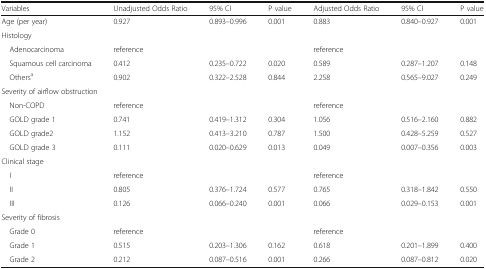
<table><thead><tr><td><b>Variables</b></td><td><b>Unadjusted Odds Ratio</b></td><td><b>95% CI</b></td><td><b>P value</b></td><td><b>Adjusted Odds Ratio</b></td><td><b>95% CI</b></td><td><b>P value</b></td></tr></thead><tbody><tr><td>Age (per year)</td><td>0.927</td><td>0.893–0.996</td><td>0.001</td><td>0.883</td><td>0.840–0.927</td><td>0.001</td></tr><tr><td colspan="7">Histology</td></tr><tr><td> Adenocarcinoma</td><td>reference</td><td></td><td></td><td>reference</td><td></td><td></td></tr><tr><td> Squamous cell carcinoma</td><td>0.412</td><td>0.235–0.722</td><td>0.020</td><td>0.589</td><td>0.287–1.207</td><td>0.148</td></tr><tr><td> Others<sup>a</sup></td><td>0.902</td><td>0.322–2.528</td><td>0.844</td><td>2.258</td><td>0.565–9.027</td><td>0.249</td></tr><tr><td colspan="7">Severity of airflow obstruction</td></tr><tr><td> Non-COPD</td><td>reference</td><td></td><td></td><td>reference</td><td></td><td></td></tr><tr><td> GOLD grade 1</td><td>0.741</td><td>0.419–1.312</td><td>0.304</td><td>1.056</td><td>0.516–2.160</td><td>0.882</td></tr><tr><td> GOLD grade2</td><td>1.152</td><td>0.413–3.210</td><td>0.787</td><td>1.500</td><td>0.428–5.259</td><td>0.527</td></tr><tr><td> GOLD grade 3</td><td>0.111</td><td>0.020–0.629</td><td>0.013</td><td>0.049</td><td>0.007–0.356</td><td>0.003</td></tr><tr><td colspan="7">Clinical stage</td></tr><tr><td> I</td><td>reference</td><td></td><td></td><td>reference</td><td></td><td></td></tr><tr><td> II</td><td>0.805</td><td>0.376–1.724</td><td>0.577</td><td>0.765</td><td>0.318–1.842</td><td>0.550</td></tr><tr><td> III</td><td>0.126</td><td>0.066–0.240</td><td>0.001</td><td>0.066</td><td>0.029–0.153</td><td>0.001</td></tr><tr><td colspan="7">Severity of fibrosis</td></tr><tr><td> Grade 0</td><td>reference</td><td></td><td></td><td>reference</td><td></td><td></td></tr><tr><td> Grade 1</td><td>0.515</td><td>0.203–1.306</td><td>0.162</td><td>0.618</td><td>0.201–1.899</td><td>0.400</td></tr><tr><td> Grade 2</td><td>0.212</td><td>0.087–0.516</td><td>0.001</td><td>0.266</td><td>0.087–0.812</td><td>0.020</td></tr></tbody></table>